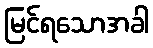
မြင်ရသောအခါ